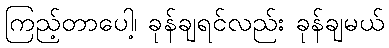
ကြည့်တာပေါ့၊ ခုန်ချရင်လည်း ခုန်ချမယ်